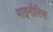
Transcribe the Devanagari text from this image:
माइनौरिस